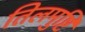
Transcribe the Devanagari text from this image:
तिलमुष्टि